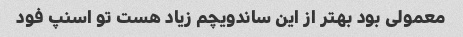
معمولی بود بهتر از این ساندویچم زیاد هست تو اسنپ فود